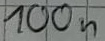
Text: 100n